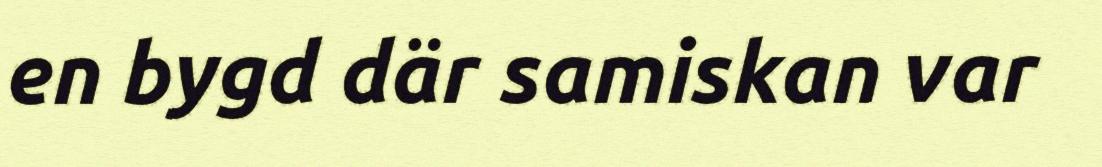
en bygd där samiskan var